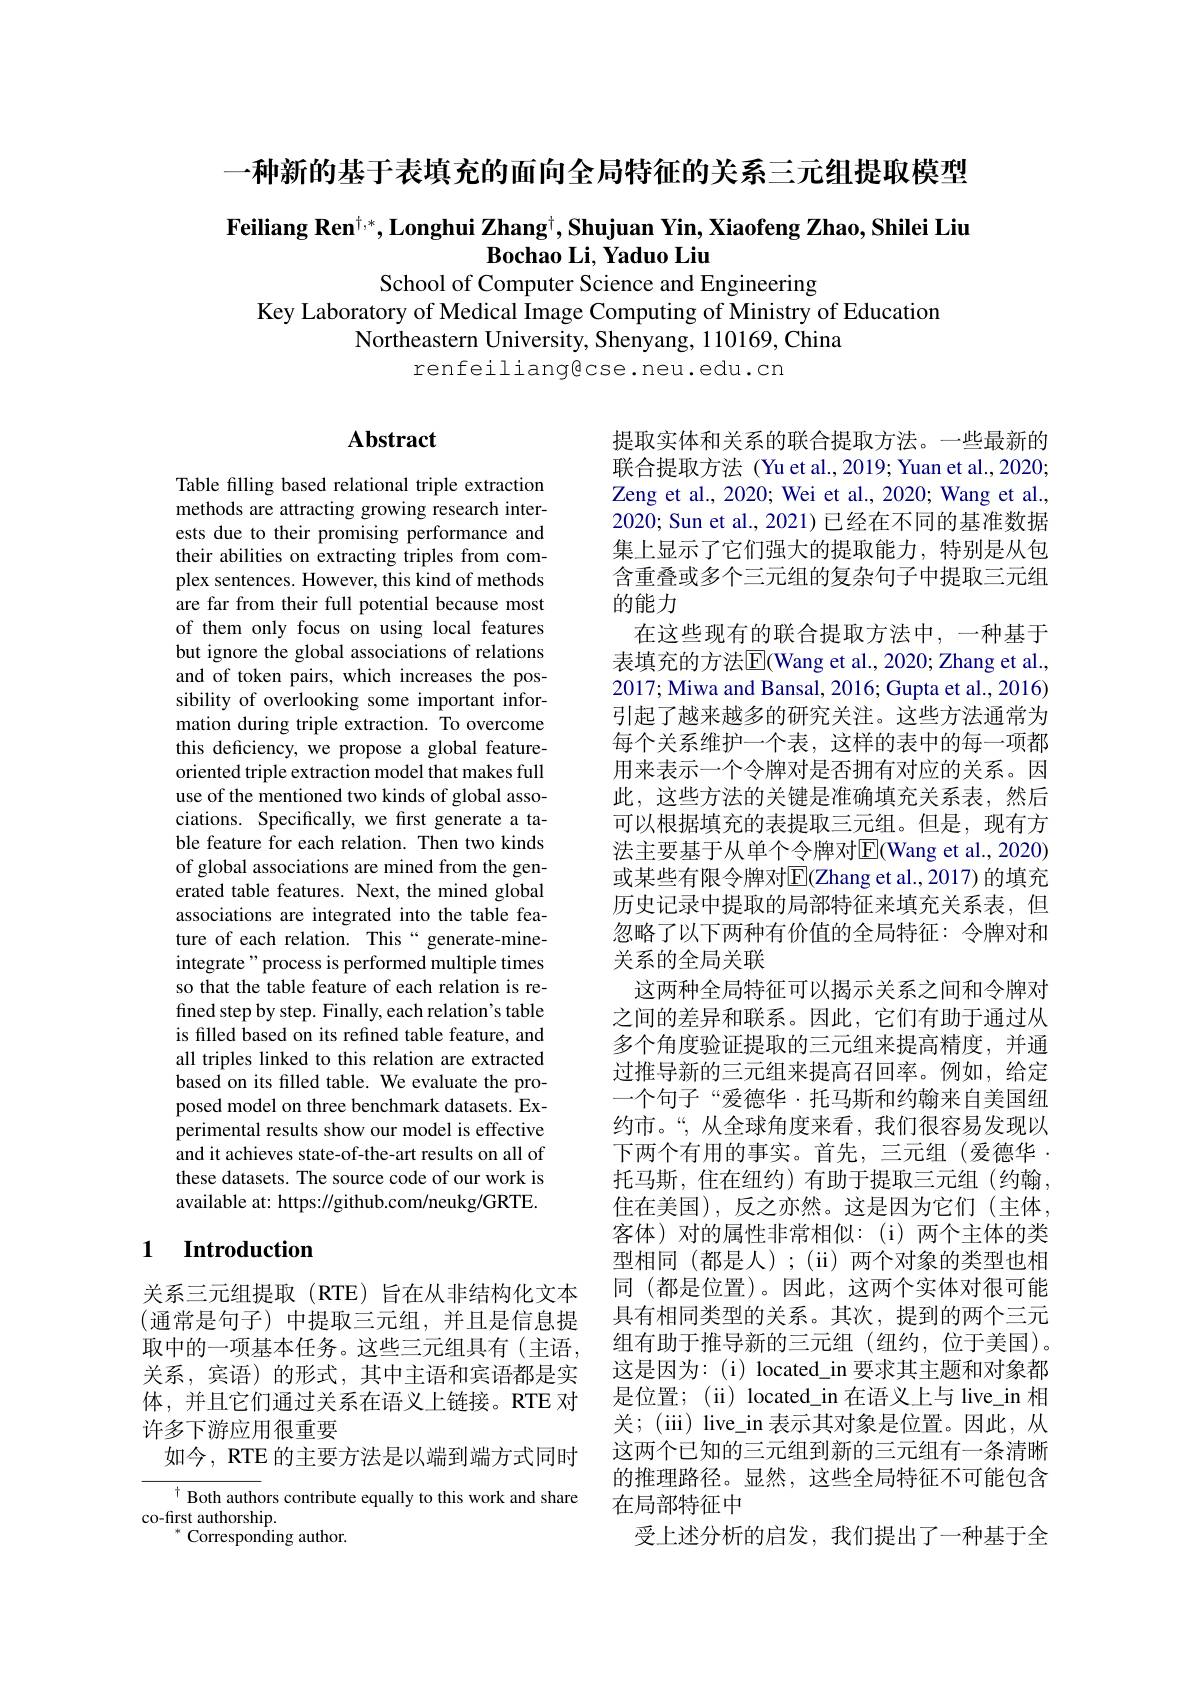
一种新的基于表填充的面向全局特征的关系三元组提取模型

# Feiliang Ren$^\dagger,*$,Longhui Zhang$^\dagger , \textbf{Shujuan Yin, Xiaofeng Zhao, Shilei Liu}$ $\textbf{Bochao Li, Yaduo Liu}$ School of Computer Science and Engineering

Key Laboratory of Medical Image Computing of Ministry of Education
Northeastern University, Shenyang, 110169, China
renfeiliangecse.neu.edu.cn

### $\mathbf{Abstract}$

Table filling based relational triple extraction methods are attracting growing research interests due to their promising performance and their abilities on extracting triples from complex sentences. However, this kind of methods are far from their full potential because most of them only focus on using local features but ignore the global associations of relations and of token pairs, which increases the possibility of overlooking some important information during triple extraction. To overcome this deficiency, we propose a global featureoriented triple extraction model that makes full use of the mentioned two kinds of global associations. Specifically, we first generate a table feature for each relation. Then two kinds of global associations are mined from the generated table features. Next, the mined global associations are integrated into the table feature of each relation. This “generate-mineintegrate" process is performed multiple times so that the table feature of each relation is refined step by step. Finally, each relation's table is filled based on its refined table feature, and all triples linked to this relation are extracted based on its filled table. We evaluate the proposed model on three benchmark datasets. Experimental results show our model is effective and it achieves state-of-the-art results on all of these datasets. The source code of our work is available at: https://github.com/neukg/GRTE.

提取实体和关系的联合提取方法。一些最新的联合提取方法 (Yu et al., 2019; Yuan et al., 2020; Zeng et al., 2020; Wei et al., 2020; Wang et al., 2020; Sun et al., 2021) 已经在不同的基准数据集上显示了它们强大的提取能力，特别是从包含重叠或多个三元组的复杂句子中提取三元组的能力
在这些现有的联合提取方法中，一种基于表填充的方法$\overline{\mathrm{E}}$(Wang et al., 2020; Zhang et al., 2017; Miwa and Bansal, 2016; Gupta et al., 2016) 引起了越来越多的研究关注。这些方法通常为每个关系维护一个表，这样的表中的每一项都用来表示一个令牌对是否拥有对应的关系。因此，这些方法的关键是准确填充关系表，然后可以根据填充的表提取三元组。但是，现有方法主要基于从单个令牌对$\overline{\mathrm{E}}($Wang et al., 2020) 或某些有限令牌对$\overline{\mathrm{E}}($Zhang et al.,2017) 的填充历史记录中提取的局部特征来填充关系表，但忽略了以下两种有价值的全局特征：令牌对和关系的全局关联
这两种全局特征可以揭示关系之间和令牌对之间的差异和联系。因此，它们有助于通过从多个角度验证提取的三元组来提高精度，并通过推导新的三元组来提高召回率。例如，给定一个句子“爱德华·托马斯和约翰来自美国纽约市。“,从全球角度来看，我们很容易发现以下两个有用的事实。首先，三元组(爱德华. 托马斯，住在纽约) 有助于提取三元组(约翰， 住在美国),反之亦然。这是因为它们(主体， 客体)对的属性非常相似：(i)两个主体的类型相同(都是人);(ii)两个对象的类型也相同 (都是位置)。因此，这两个实体对很可能具有相同类型的关系。其次，提到的两个三元组有助于推导新的三元组(纽约，位于美国)。这是因为：(i) located\_in 要求其主题和对象都是位置；(ii) located\_in 在语义上与 live\_in 相关；(iii) live\_in 表示其对象是位置。因此，从这两个已知的三元组到新的三元组有一条清晰的推理路径。显然，这些全局特征不可能包含在局部特征中
受上述分析的启发，我们提出了一种基于全

### 1 $\textbf{Introduction}$

关系三元组提取(RTE)旨在从非结构化文本(通常是句子)中提取三元组，并且是信息提取中的一项基本任务。这些三元组具有(主语， 关系，宾语)的形式，其中主语和宾语都是实体，并且它们通过关系在语义上链接。RTE 对许多下游应用很重要
如今，RTE 的主要方法是以端到端方式同时

Both authors contribute equally to this work and share
co-first authorship.
$^{*}$Corresponding author